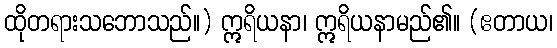
ထိုတရားသဘောသည်။) ဣရိယနာ၊ ဣရိယနာမည်၏။ (ဧတာယ၊